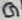
Text: G